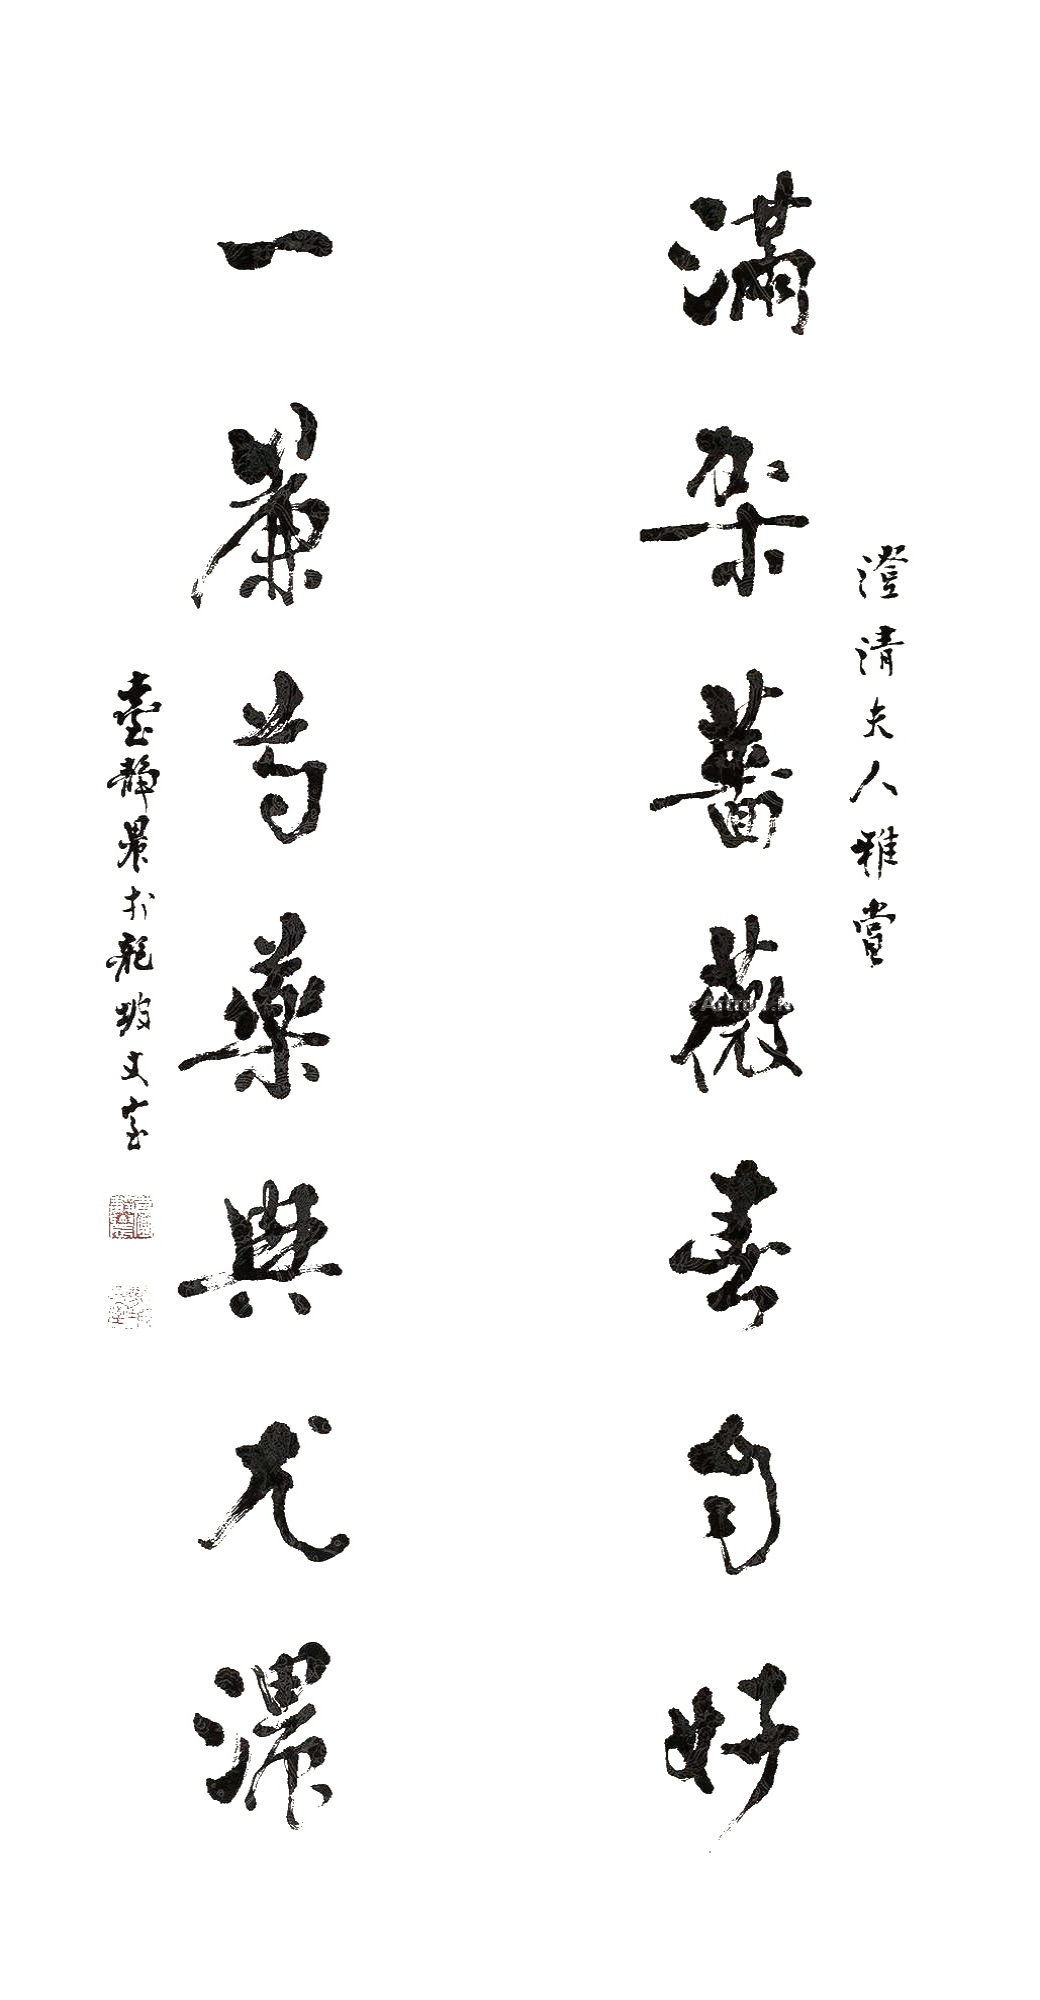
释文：满架蔷薇春自好，一帘芍药兴尤浓。澄清夫人雅赏，台静农于龙坡丈室。